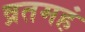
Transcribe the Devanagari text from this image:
व्रतमहं